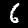
Label: 6